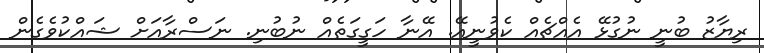
ރިޔާޒު ބުނީ ނުގުޅޭ އެއްޗެއް ކެވުނީއޭ. އޭނާ ހަގީގަތެއް ނުބުނި. ނަސްރާއަށް ޝައްކުވެގެން